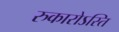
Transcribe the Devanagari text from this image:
रुकारोऽस्ति